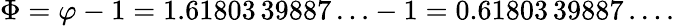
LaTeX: \Phi=\varphi-1=1.61803\, 39887\ldots-1=0.61803\, 39887\ldots.